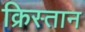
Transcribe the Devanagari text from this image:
क्रिस्तान